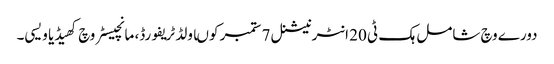
دورے وچ شامل ہک ٹی 20 انٹرنیشنل 7 ستمبر کوںاولڈ ٹریفورڈ، مانچیسٹر وچ کھیڈیا ویسی۔